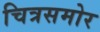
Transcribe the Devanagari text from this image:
चित्रसमोर